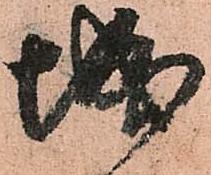
城